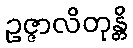
ဥဇ္ဇာလိတုန္တိ